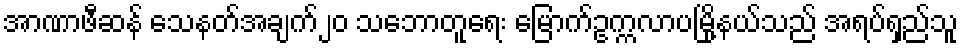
အာဏာဖီဆန် သေနတ်အချက်၂၀ သဘောတူရေး မြောက်ဥက္ကလာပမြို့နယ်သည် အရပ်ရှည်သူ